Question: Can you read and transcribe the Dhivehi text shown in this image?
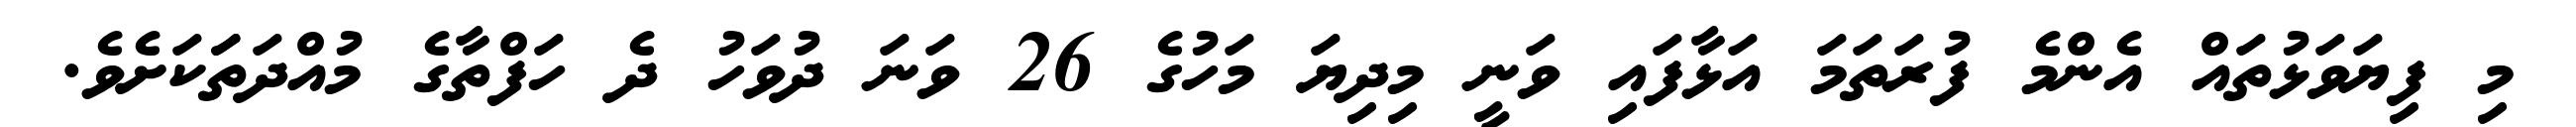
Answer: މި ފިޔަވަޅުތައް އެންމެ ފުރަތަމަ އަޅާފައި ވަނީ މިދިޔަ މަހުގެ 26 ވަނަ ދުވަހު ދެ ހަފްތާގެ މުއްދަތަަކަށެވެ.